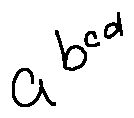
a ^ { b ^ { c ^ { d } } }